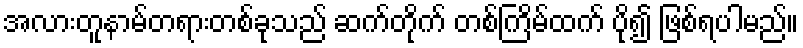
အလားတူနာမ်တရားတစ်ခုသည် ဆက်တိုက် တစ်ကြိမ်ထက် ပို၍ ဖြစ်ရပါမည်။